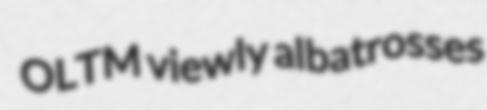
OLTM viewly albatrosses